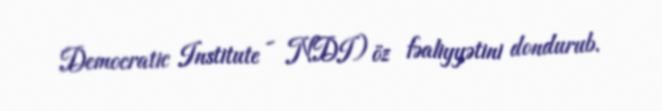
Democratic Institute - NDI) öz fəaliyyətini dondurub.